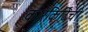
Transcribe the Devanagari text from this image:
कारकिर्दिची